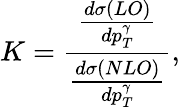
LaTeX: K=\frac{\frac{d\sigma(LO)}{dp_{T}^{\gamma}}}{\frac{d\sigma(NLO)}{dp_{T}^{\gamma}}},